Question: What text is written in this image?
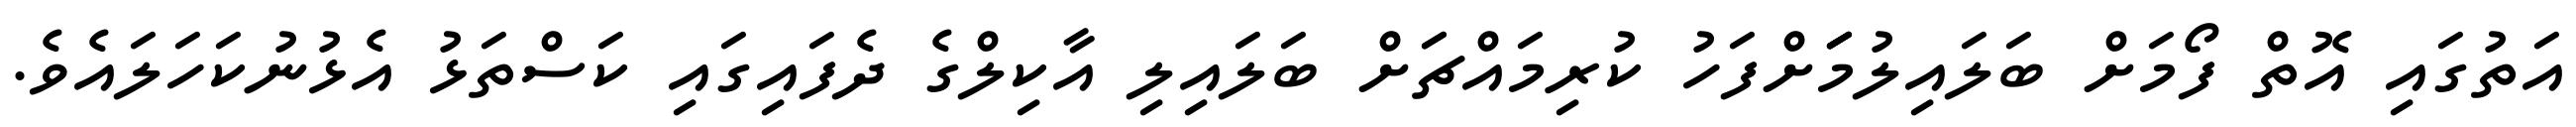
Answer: އަތުގައި އޮތް ފޯމަށް ބަލައިލުމަަަށްފަހު ކުރިމައްޗަަށް ބަލައިލި އާކިލްގެ ދެފައިގައި ކަސްތަޅު އެޅުނުކަހަލައެވެ.